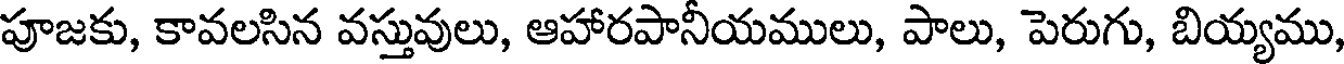
పూజకు, కావలసిన వస్తువులు, ఆహారపానీయములు, పాలు, పెరుగు, బియ్యము,